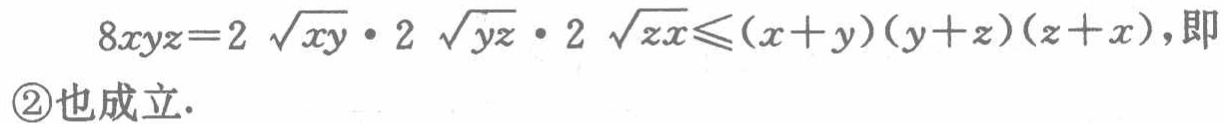
\[

8xyz = 2\sqrt{xy} \cdot 2\sqrt{yz} \cdot 2\sqrt{zx} \leqslant (x + y)(y + z)(z + x),即\textcircled{2}也成立.

\]